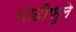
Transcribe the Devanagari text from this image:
मादीफुले